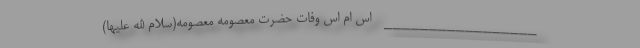
_________________ اس ام اس وفات حضرت معصومه معصومه(سلام الله علیها)